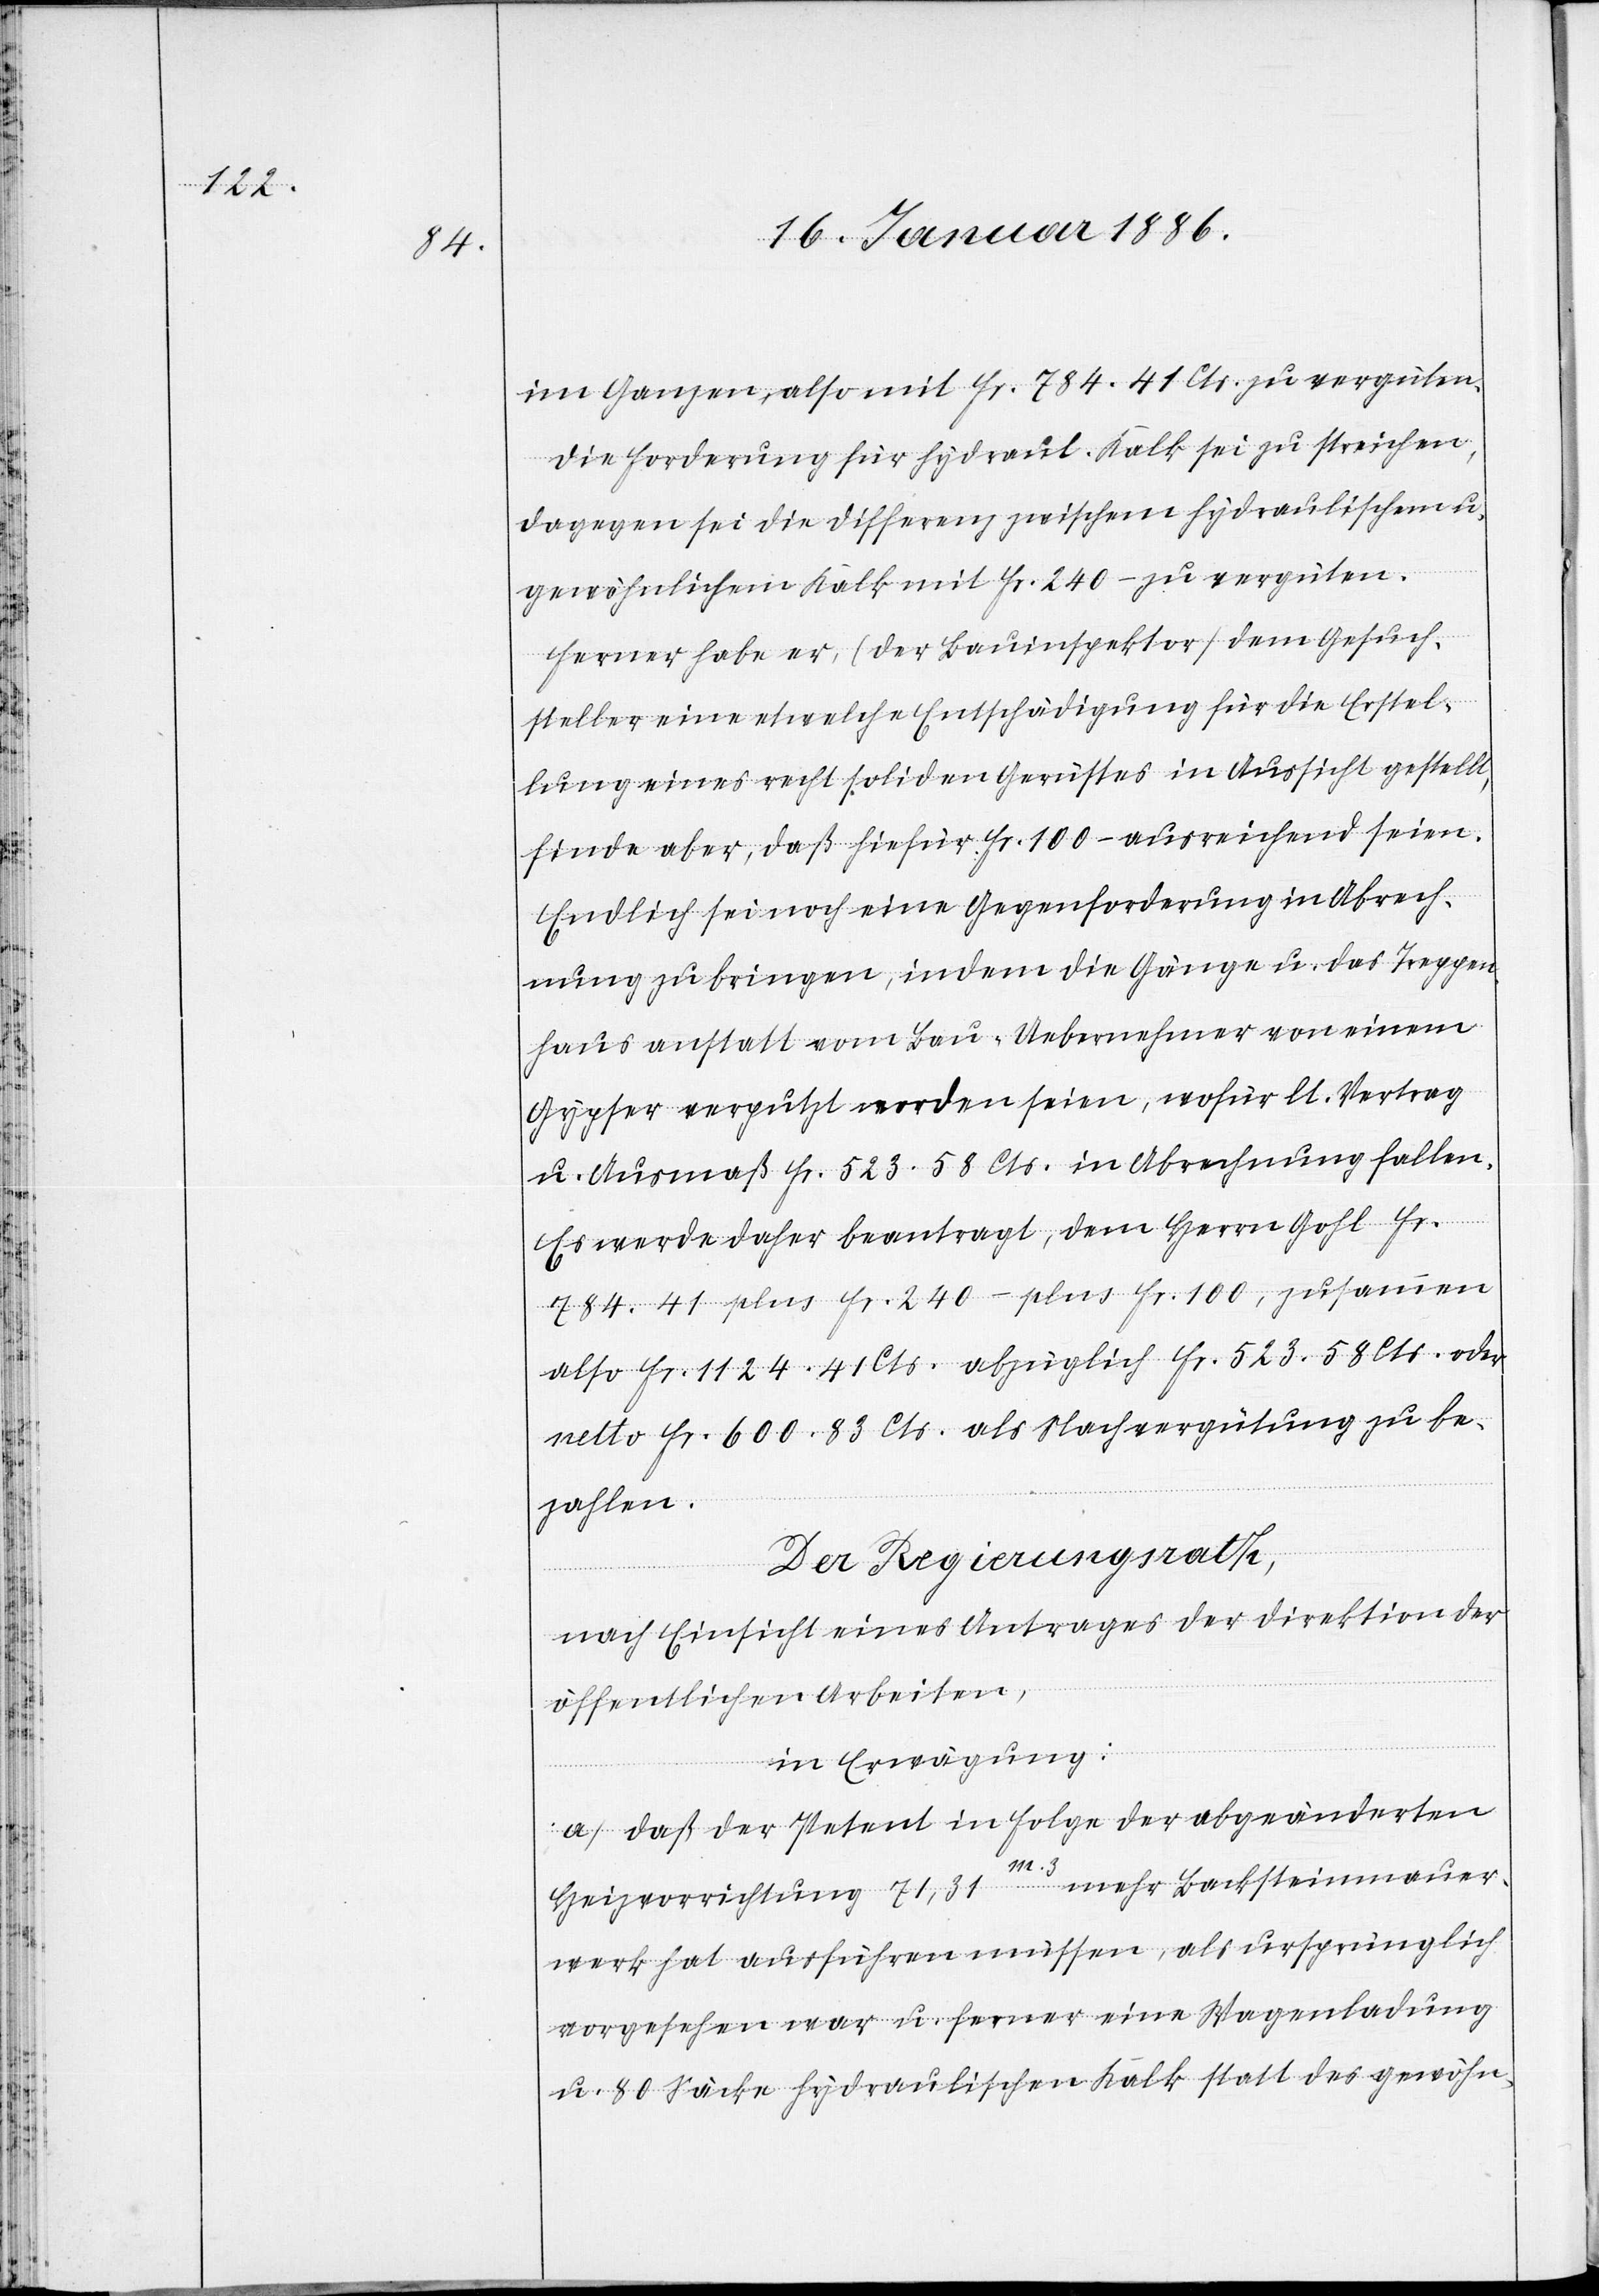
im Ganzen also mit Fr. 784,41 Cts. zu vergüten.
Die Forderung für hydraul. Kalk sei zu streichen,
dagegen sei die Differenz zwischen hydraulischem u.
gewöhnlichem Kalk mit Fr. 240.– zu vergüten.
Ferner habe er (der Bauinspektor) dem Gesuch¬
steller eine etwelche Entschädigung für die Erstel¬
lung eines recht soliden Gerüstes in Aussicht gestellt,
finde aber, daß hiefür Fr. 100.– ausreichend seien.
Endlich sei noch eine Gegenforderung in Abrech¬
nung zu bringen, indem die Gänge u. das Treppen¬
haus anstatt vom Bau-Uebernehmer von einem
Gypser verputzt worden seien, wofür lt. Vertrag
u. Ausmaß Fr. 523,58 Cts. in Abrechnung fallen.
Es werde daher beantragt, dem Herrn Gohl F¬
r. 784,41 plus Fr. 250.– plus Fr. 100, zusammen
also Fr. 1124,41 Cts. abzüglich Fr. 523,58 Cts. oder
netto Fr. 600,83 Cts. als Nachvergütung zu be¬
zahlen.
Der Regierungsrath,
nach Einsicht eines Antrages der Direktion der
öffentlichen Arbeiten,
in Erwägung:
a) daß der Petent in Folge der abgeänderten
Heizvorrichtung 71,31 m3 mehr Backsteinmauer¬
werk hat ausführen müssen, als ursprünglich
vorgesehen war u. ferner eine Wagenladung
u. 80 Säcke hydraulischen Kalk statt des gewöhn-